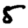
Digit: 5